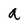
Character: a